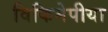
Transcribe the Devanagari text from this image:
विकिमेपीया